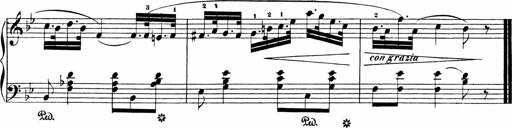
Title: Sonatinen Op.47, 98 und 136, nebst 6 Liedersonatinen
Composer: Carl Reinecke